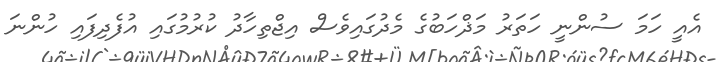
އެއީ ހަމަ ސުންނީ ހަތަރު މަޛްހަބުގެ މެދުގައިވެސް އިޖްތިހާދު ކުރުމުގައި އުފެދިފައި ހުންނަ